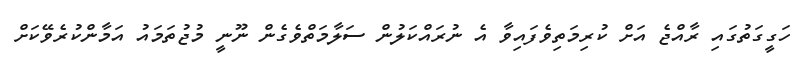
ހަގީގަތުގައި ރާއްޖެ އަށް ކުރިމަތިވެފައިވާ އެ ނުރައްކަލުން ސަލާމަތްވެގެން ނޫނީ މުޖުތަމައު އަމާންކުރެވޭކަށް